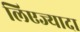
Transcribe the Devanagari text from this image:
लिएज्यादा